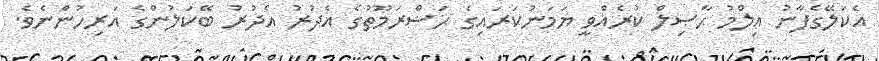
އެކަލޭގެފާނު ޢިލްމު ޙާޞިލް ކުރެއްވީ ޔަމަނުކަރައިގެ ޙަޟްރަމޫތުގެ އެދުރު އެދުރު ބޭކަލުންގެ އަރިހުންނެވެ.